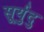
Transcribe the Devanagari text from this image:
सूर्युदु